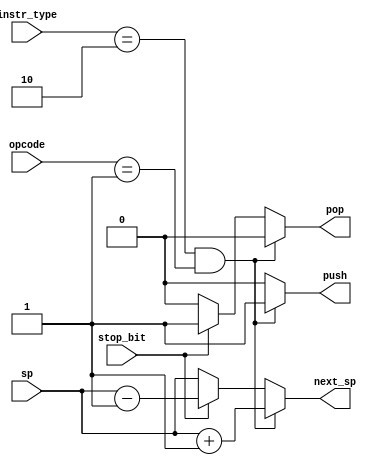
module stack_control(
    input [1:0] instr_type,
    input [4:0] opcode,
    input stop_bit,
    input [31:0] sp,
    output reg push,
    output reg pop,
    output reg [31:0] next_sp
);

    always @* begin
        if (instr_type == 2'b10 && opcode == 5'b00001) begin // JAL
        push = 1;
        pop = 0;
        next_sp = sp + 1;  // push return address onto stack
    end
    else if(stop_bit) begin // end of function, get return address
        push = 0;
        pop = 1;
        next_sp = sp - 1; // pop return address off stack
    end
    else begin
        push = 0;
        pop = 0;
        next_sp = sp;
    end
    end
endmodule